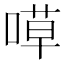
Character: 𠹊